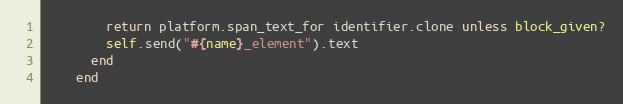
Language: Ruby
        return platform.span_text_for identifier.clone unless block_given?
        self.send("#{name}_element").text
      end
    end